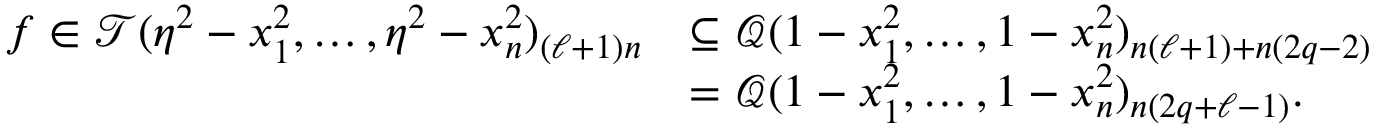
\begin{array} { r l } { f \in \mathcal { T } ( \eta ^ { 2 } - x _ { 1 } ^ { 2 } , \ldots , \eta ^ { 2 } - x _ { n } ^ { 2 } ) _ { ( \ell + 1 ) n } } & { \subseteq \mathcal { Q } ( 1 - x _ { 1 } ^ { 2 } , \ldots , 1 - x _ { n } ^ { 2 } ) _ { n ( \ell + 1 ) + n ( 2 q - 2 ) } } \\ & { = \mathcal { Q } ( 1 - x _ { 1 } ^ { 2 } , \ldots , 1 - x _ { n } ^ { 2 } ) _ { n ( 2 q + \ell - 1 ) } . } \end{array}